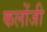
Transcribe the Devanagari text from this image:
कलोंजी